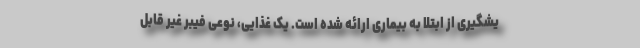
یشگیری از ابتلا به بیماری ارائه شده است. یک غذایی، نوعی فیبر غیر قابل